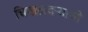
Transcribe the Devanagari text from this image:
चिखलदर्‍याची